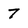
Character: 7